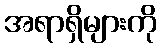
အရာရှိများကို